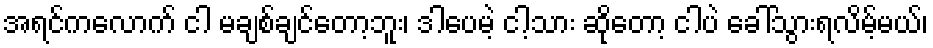
အရင်ကလောက် ငါ မချစ်ချင်တော့ဘူး၊ ဒါပေမဲ့ ငါ့သား ဆိုတော့ ငါပဲ ခေါ်သွားရလိမ့်မယ်၊